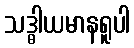
သဒ္ဓါယမာနရူပါ